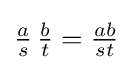
{\tfrac {a}{s}}\,{\tfrac {b}{t}}={\tfrac {ab}{st}}